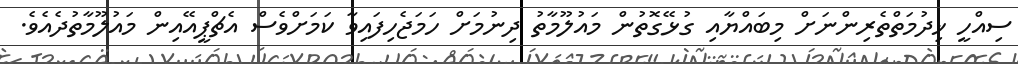
ސިއްހީ ޚިދުމަތްތެރިންނަށް މިބައްޔާއި ގުޅޭގޮތުން މައުލޫމާތުު ދިނުމަށް ހަމަޖެހިފައިވާ ކަމަށްވެސް އެޗްޕީއޭއިން މައުލޫމާތުދެއެވެ.